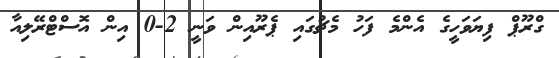
ގްރޫޕް ފިޔަވަހީގެ އެންމެ ފަހު މެޗުގައި ޕެރޫއިން ވަނީ 2-0 އިން އޮސްޓްރޭލިއާ